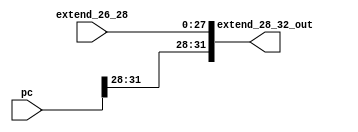
module extend_28_32(
    input wire [31:0] pc,
    input wire [27:0] extend_26_28,
    output wire [31:0] extend_28_32_out
);

    assign extend_28_32_out = {pc[31:28], extend_26_28};

endmodule